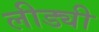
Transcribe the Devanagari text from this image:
लीड्यी